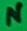
Text: L